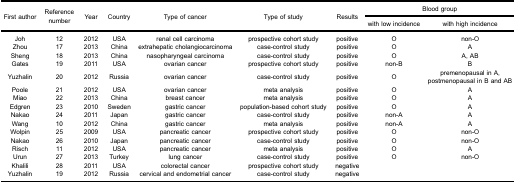
<table><thead><tr><td rowspan="3"><b>First author</b></td><td rowspan="3"><b>Referencenumber</b></td><td rowspan="3"><b>Year</b></td><td rowspan="3"><b>Country</b></td><td rowspan="3"><b>Type of cancer</b></td><td rowspan="3"><b>Type of study</b></td><td rowspan="3"><b>Results</b></td><td colspan="2"><b>Blood group</b></td></tr><tr><td><b>with low incidence</b></td><td><b>with high incidence</b></td></tr></thead><tbody><tr><td>Joh</td><td>12</td><td>2012</td><td>USA</td><td>renal cell carcinoma</td><td>prospective cohort study</td><td>positive</td><td>O</td><td>non-O</td></tr><tr><td>Zhou</td><td>17</td><td>2013</td><td>China</td><td>extrahepatic cholangiocarcinoma</td><td>case-control study</td><td>positive</td><td>O</td><td>A</td></tr><tr><td>Sheng</td><td>18</td><td>2013</td><td>China</td><td>nasopharyngeal carcinoma</td><td>case-control study</td><td>positive</td><td>O</td><td>A, AB</td></tr><tr><td>Gates</td><td>19</td><td>2011</td><td>USA</td><td>ovarian cancer</td><td>prospective cohort study</td><td>positive</td><td>non-B</td><td>B</td></tr><tr><td>Yuzhalin</td><td>20</td><td>2012</td><td>Russia</td><td>ovarian cancer</td><td>case-control study</td><td>positive</td><td>O</td><td>premenopausal in A,postmenopausal in B and AB</td></tr><tr><td>Poole</td><td>21</td><td>2012</td><td>USA</td><td>ovarian cancer</td><td>meta analysis</td><td>positive</td><td>O</td><td>A</td></tr><tr><td>Miao</td><td>22</td><td>2013</td><td>China</td><td>breast cancer</td><td>meta analysis</td><td>positive</td><td>O</td><td>A</td></tr><tr><td>Edgren</td><td>23</td><td>2010</td><td>Sweden</td><td>gastric cancer</td><td>population-based cohort study</td><td>positive</td><td>O</td><td>A</td></tr><tr><td>Nakao</td><td>24</td><td>2011</td><td>Japan</td><td>gastric cancer</td><td>case-control study</td><td>positive</td><td>non-A</td><td>A</td></tr><tr><td>Wang</td><td>10</td><td>2012</td><td>China</td><td>gastric cancer</td><td>meta analysis</td><td>positive</td><td>non-A</td><td>A</td></tr><tr><td>Wolpin</td><td>25</td><td>2009</td><td>USA</td><td>pancreatic cancer</td><td>prospective cohort study</td><td>positive</td><td>O</td><td>non-O</td></tr><tr><td>Nakao</td><td>26</td><td>2010</td><td>Japan</td><td>pancreatic cancer</td><td>case-control study</td><td>positive</td><td>O</td><td>non-O</td></tr><tr><td>Risch</td><td>11</td><td>2012</td><td>USA</td><td>pancreatic cancer</td><td>meta analysis</td><td>positive</td><td>O</td><td>A</td></tr><tr><td>Urun</td><td>27</td><td>2013</td><td>Turkey</td><td>lung cancer</td><td>case-control study</td><td>positive</td><td>O</td><td>non-O</td></tr><tr><td>Khalili</td><td>28</td><td>2011</td><td>USA</td><td>colorectal cancer</td><td>prospective cohort study</td><td>negative</td><td> </td><td> </td></tr><tr><td>Yuzhalin</td><td>19</td><td>2012</td><td>Russia</td><td>cervical and endometrial cancer</td><td>case-control study</td><td>negative</td><td> </td><td> </td></tr></tbody></table>